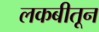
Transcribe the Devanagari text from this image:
लकबीतून